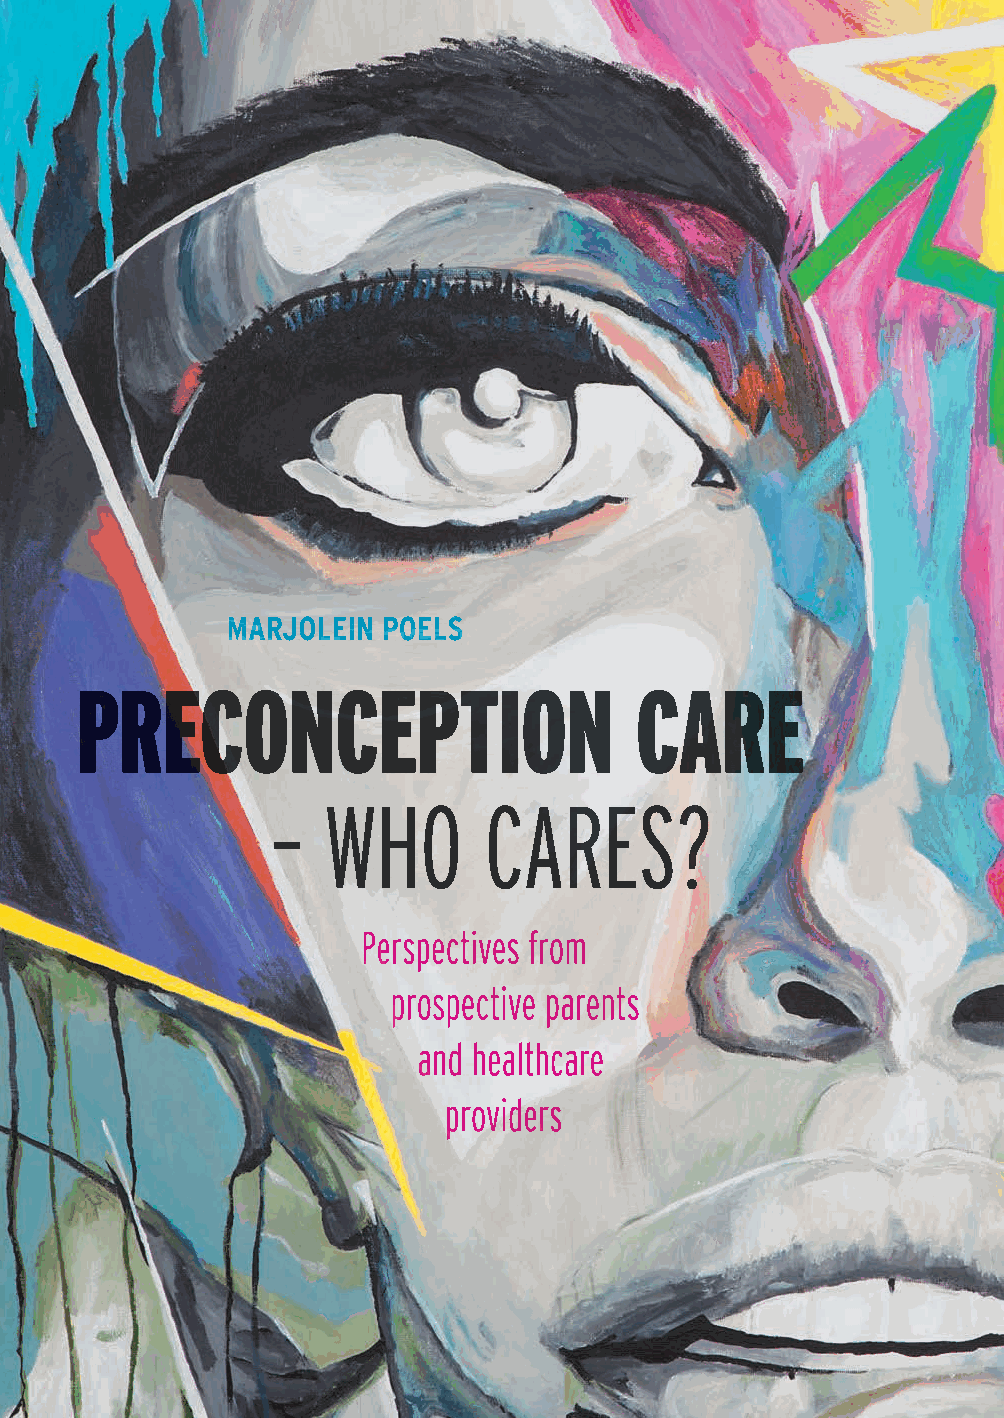
Preconceptiezorg richt zich op de periode voorafgaand aan de
 zwangerschap. Stellen met een kinderwens kunnen gebruik maken van
 preconceptiezorg om de gezondheid van moeder en kind te bevorderen.
 Preconceptiezorg bestaat uit voorlichting en maatregelen, zoals het
 gebruik van foliumzuur, een gezonder voedingspatroon, aanpassen van
 medicatie, stoppen met roken en alcoholgebruik. In dit proefschrift wordt
 beschreven hoe vrouwen zich op een zwangerschap voorbereiden en
 wat het effect is van ongezonde leefstijlgewoontes op het voorkomen
 van zwangerschapscomplicaties. Daarnaast wordt inzicht gegeven in
 de perspectieven van aanstaande ouders en zorgverleners over hoe
 MARJOLEIN POELS
 preconceptiezorg het beste georganiseerd zou kunnen worden. Het
 proefschrift biedt een op maat gemaakte aanpak voor preconceptiezorg
 PRECONCEPTION                        CARE
 in een lokale eerstelijns setting.
 –  WHO        CARES?
 Marjolein Poels werd geboren op 4 januari 1986
 in Almere. In 2008 en 2010 studeerde zij af in
 Perspectives from
 Politicologie en Gezondheidswetenschappen aan
 de Vrije Universiteit Amsterdam. Hierna was zij
 prospective parents
 werkzaam als beleidsadviseur bij het ministerie van
 Volksgezondheid, Welzijn en Sport. In 2013 startte zij
 and healthcare
 met haar promotieonderzoek naar preconceptiezorg
 in het Wilhelmina Kinderziekenhuis in Utrecht.
 providers
 Sinds december 2016 werkt zij als postdoctoraal
 onderzoeker in het Academisch Medisch Centrum
 Amsterdam.
 PRECONCEPTION
 CARE
 –
 WHO
 CARES?
 Perspectives
 from
 prospective
 parents
 and
 healthcare
 providers
 MARJOLEIN
 POELS